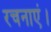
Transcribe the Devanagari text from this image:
रचनाएं।